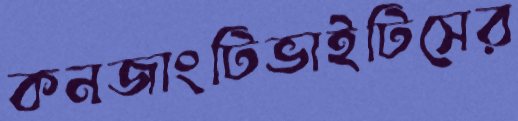
কনজাংটিভাইটিসের